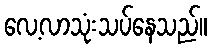
လေ့လာသုံးသပ်နေသည်။